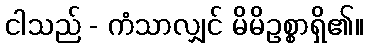
ငါသည် - ကံသာလျှင် မိမိဥစ္စာရှိ၏။